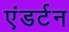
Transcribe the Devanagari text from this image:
एंडर्टन